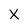
Character: X